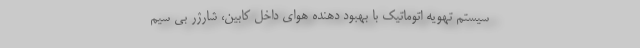
سیستم تهویه اتوماتیک با بهبود دهنده هوای داخل کابین، شارژر بی سیم